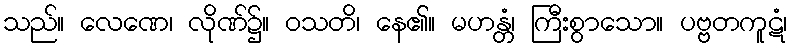
သည်။ လေဏေ၊ လိုဏ်၌။ ဝသတိ၊ နေ၏။ မဟန္တံ၊ ကြီးစွာသော။ ပဗ္ဗတကူဋံ၊